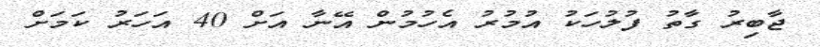
ޖާބިރު ގާތު ފުލުހަކު އުމުރު އެހުމުން އޭނާ އަށް 40 އަހަރު ކަމަށް